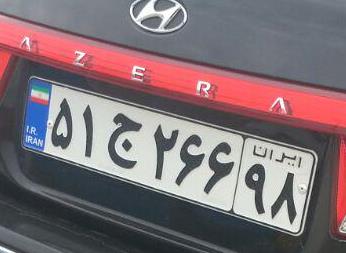
۵۱ج۲۶۶۹۸